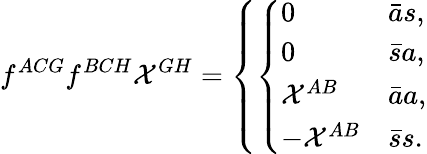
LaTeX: f^{ACG}f^{BCH}{\cal X}^{GH}=\left\{ \left\{ \begin{array}{ll}{{0}}&{{{\bar{a}s},}}\\ {{0}}&{{{\bar{s}a},}}\\ {{{\cal X}^{AB}}}&{{{\bar{a}a},}}\\ {{-{\cal X}^{AB}}}&{{{\bar{s}s}.}}\end{array}\right.\right.